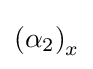
\left(\alpha _{2}\right)_{x}